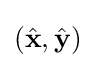
({\hat {\mathbf {x} }},{\hat {\mathbf {y} }})